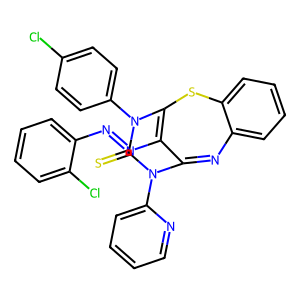
SMILES: S=C1N(c2ccc(Cl)cc2)C2=C(N=Nc3ccccc3Cl)C(=Nc3ccccc3S2)N1c1ccccn1
Inhibits HIV replication: No